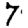
Digit: 7